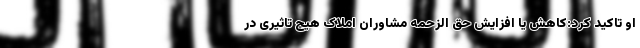
او تاکید کرد:کاهش یا افزایش حق الزحمه مشاوران املاک هیچ تاثیری در